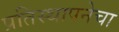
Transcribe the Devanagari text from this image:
प्रतिस्थापनेचा